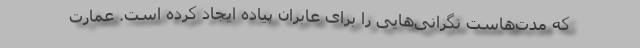
که مدت‌هاست نگرانی‌هایی را برای عابران پیاده ایجاد کرده است. عمارت